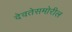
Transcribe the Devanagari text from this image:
देवतेसमोरील